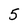
Character: 5